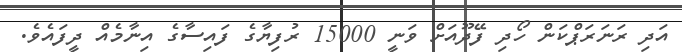
އަދި ރަނަރަޕްކަން ހޯދި ފޭދޫއަށް ވަނީ 15000 ރުފިޔާގެ ފައިސާގެ އިނާމެއް ދީފައެވެ.